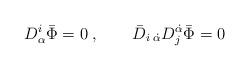
LaTeX: \begin{align*} D^i_\alpha \bar\Phi=0\;, \qquad \bar D_{i\;\dot\alpha} D^{\dot\alpha}_j \bar\Phi=0\end{align*}